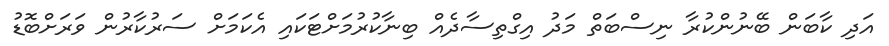
އަދި ކާބަން ބޭނުންކުރާ ނިސްބަތް މަދު އިގްތިސާދެއް ބިނާކުރުމަށްޓަކައި އެކަމަށް ސަރުކާރުން ވަރަށްބޮޑު